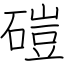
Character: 磑